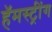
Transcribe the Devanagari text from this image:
हॅमस्ट्रींग